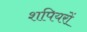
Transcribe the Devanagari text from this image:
शपियरों